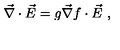
\vec { \nabla } \cdot \vec { E } = g \vec { \nabla } f \cdot \vec { E } \ ,